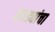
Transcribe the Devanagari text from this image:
सरड्यांचा